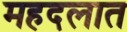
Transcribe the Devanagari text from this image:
महदलात